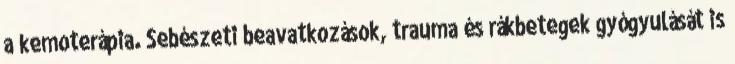
a kemoterápia. Sebészeti beavatkozások, trauma és rákbetegek gyógyulását is